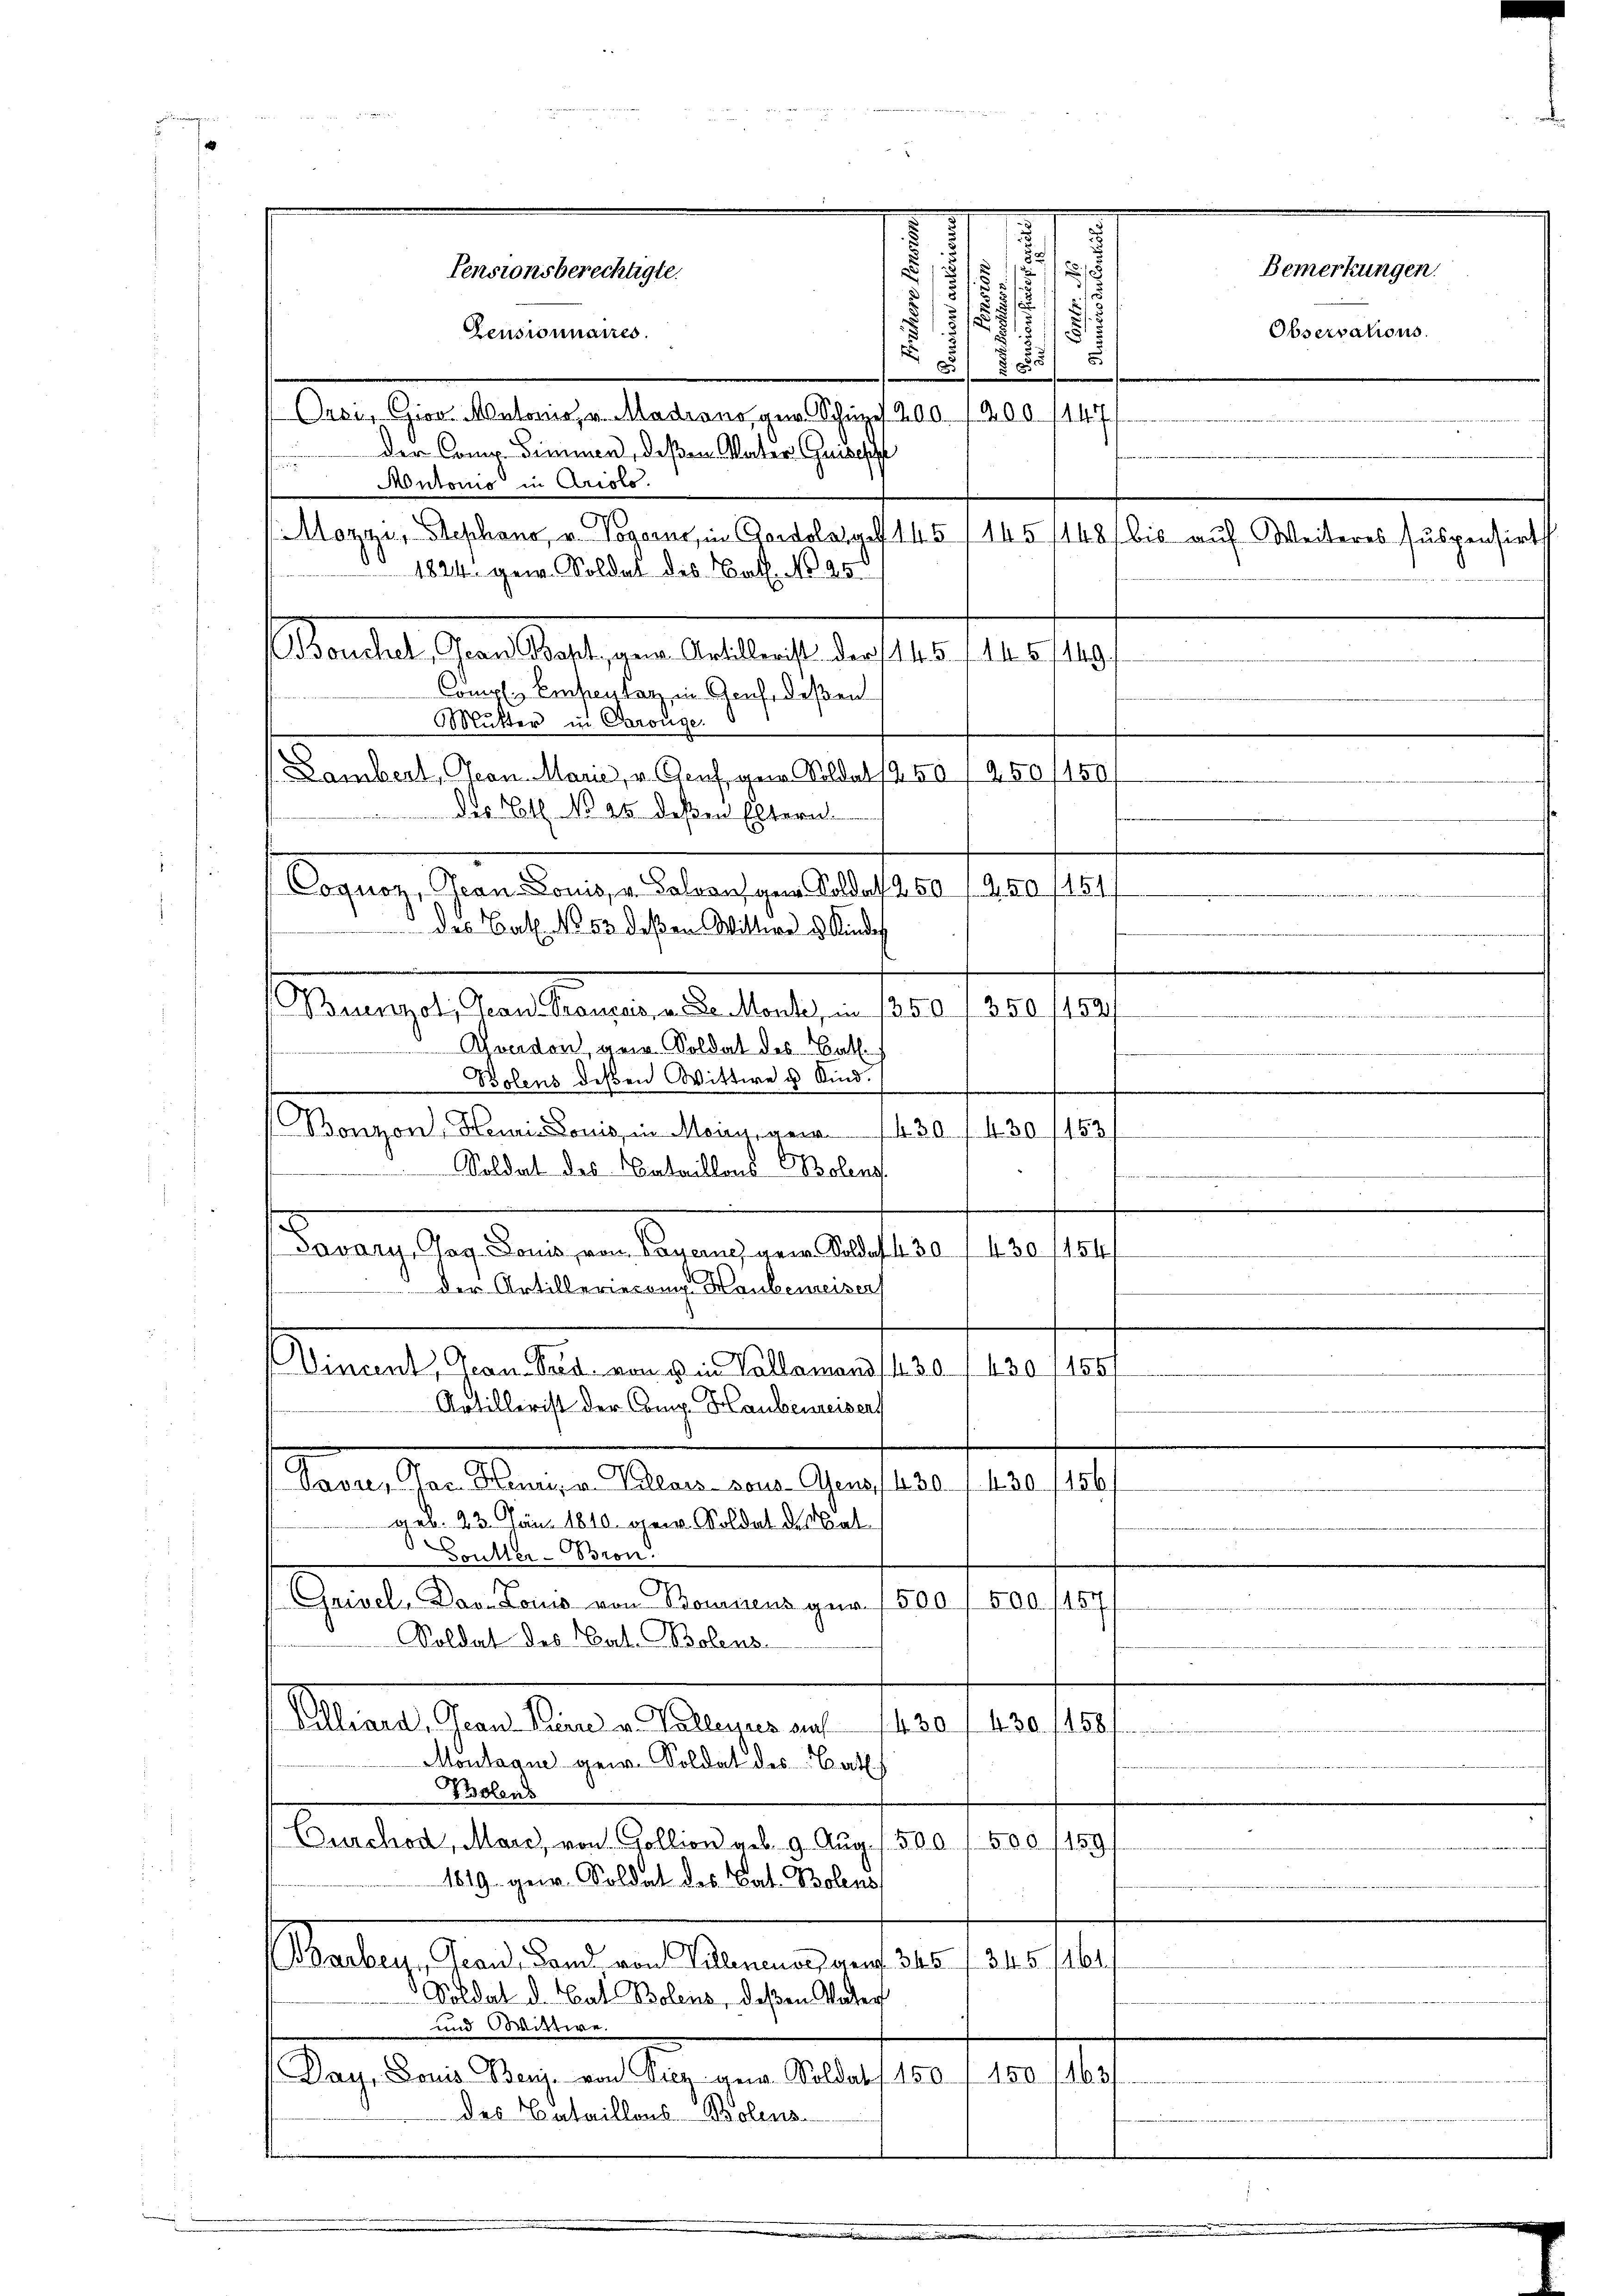
Zensionnaires.
Onci, Giov. Melonis, v. Madrano, gen. Schupf 200. 1200. 1147
 der Comp. Simmen, deßen Vater Guisest
Montonio in Aristo.
1824. gew. Soldat des Cat. No 25.
Abandelt. Jean Statt von Gallence der 1810. 1910.
Comp. Einsentag in Genfedeßen
Mutter in Parouge.
Lambert, Teon Marie, u. Genf gen Soldat 250 f 450/150/
aases Staatsangen der laute – p. 9. 1810. 1907.
Chaadon, ger. Soldat des Bat.
Bolens deßen Wittwe u Kind.
Bonzon, Heui- Louis in Meis, von 430. 1. 430
Soldat des Cataillons-Polen.
Daraus Gestanderen ange an dass es sera fa
 der Artillerieren Haubenreiser
Vincent, Gean Pred von u in Vallemand 430 / 430 1458/
.
Artillerist der Comp. Haubenreisen
Pavre, Jac. Henri, u. Kollars-vous-Aens 1430. 1. 430. 1156.
geb. 23. Jan. 1810. gew. Soldat des Cat
Grüller-Bron.
Gnivel-Dav. Louis von Bonnens für 1500 / 500. 1157/
Soldat des Cat. Bolens-
Stadt Gration a tenant les praesen
Montagne gew. Soldat des Bath
Bolens
Durchod, Marc, von Gollion als 9. Aug. 1500 f. 500 (159
1819. ger. Soldat des Cat. Bolens
Tharbey Grand, Land von Villenensezeren 345 f. 245.
1464
Soldat d. Hat Bolens, deßen Vater
und Wittwe.
Day. Louis Beuj. von Vier gew. Soldat
150 (150. 1163
des Bataillons Polens-

Pensionsberechtigte.

des. Bl. No 25. deßen Eltern.
Voguoz, Jean Louis, v. Goldausgen Soldat 250 1950 (154/
des Bat. No 52 deβen Wittwe u. Kindes

i
d
.
11
.
15
i
¬
s
.
1
7
2
8
Mozzi, Stephano, u. Vogarus, in Cordolag. 145 (145/148/ bis auf Weiteres suspensirts
149
amen
 Worten de
153
m

e

Observations.

Bemerkungen.